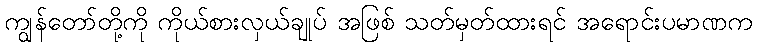
ကျွန်တော်တို့ကို ကိုယ်စားလှယ်ချုပ် အဖြစ် သတ်မှတ်ထားရင် အရောင်းပမာဏက